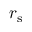
r _ { \mathrm { s } }